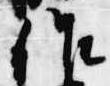
作